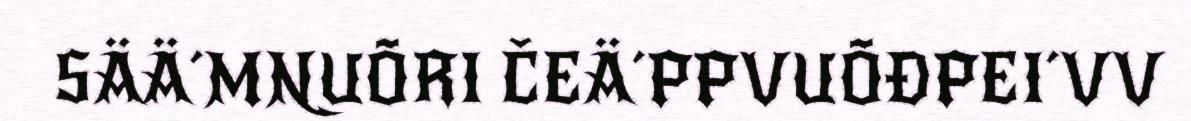
SÄÄ´MNUÕRI ČEÄ´PPVUÕĐPEI´VV